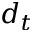
d _ { t }